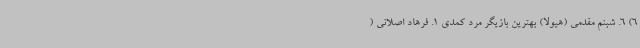
6) 6. شبنم مقدمی (هیولا) بهترین بازیگر مرد کمدی 1. فرهاد اصلانی (